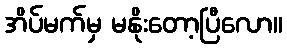
အိပ်မက်မှ မနိုးတော့ပြီလော။